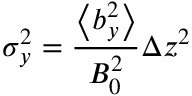
\sigma _ { y } ^ { 2 } = \frac { \left\langle b _ { y } ^ { 2 } \right\rangle } { B _ { 0 } ^ { 2 } } \Delta z ^ { 2 }